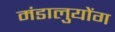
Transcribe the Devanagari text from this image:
मंडालुयोंग